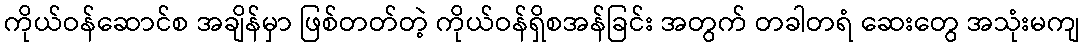
ကိုယ်ဝန်ဆောင်စ အချိန်မှာ ဖြစ်တတ်တဲ့ ကိုယ်ဝန်ရှိစအန်ခြင်း အတွက် တခါတရံ ဆေးတွေ အသုံးမကျ